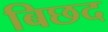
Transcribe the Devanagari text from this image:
बिछद